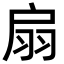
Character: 扇